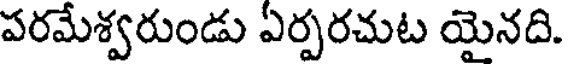
పరమేశ్వరుండు ఏర్పరచుట యైనది.